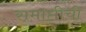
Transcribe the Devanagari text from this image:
समाप्तीची